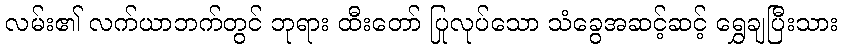
လမ်း၏ လက်ယာဘက်တွင် ဘုရား ထီးတော် ပြုလုပ်သော သံခွေအဆင့်ဆင့် ရွှေချပြီးသား